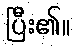
ပြီး၏။